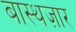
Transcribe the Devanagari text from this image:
बास्थज़ार